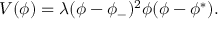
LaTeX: V ( \phi ) = \lambda ( \phi - \phi _ { - } ) ^ { 2 } \phi ( \phi - \phi ^ { * } ) .